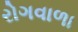
રોગવાળા